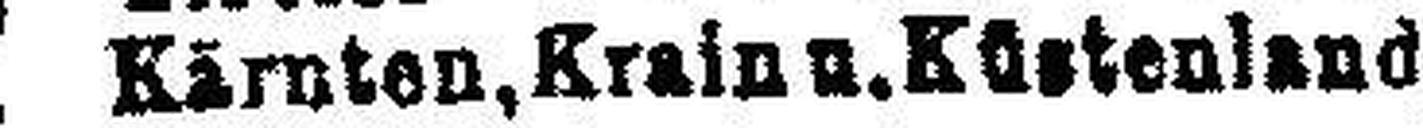
5% " Kärnten, Krain u.Küstenland